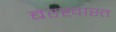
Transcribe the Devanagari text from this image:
बरख़ास्त